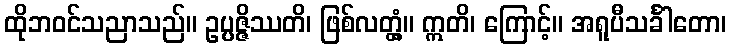
ထိုဘဝင်သညာသည်။ ဥပ္ပဇ္ဇိဿတိ၊ ဖြစ်လတ္တံ့။ ဣတိ၊ ကြောင့်။ အရူပီသင်္ခါတော၊